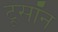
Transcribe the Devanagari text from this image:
टूसॉन